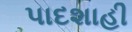
પાદશાહી